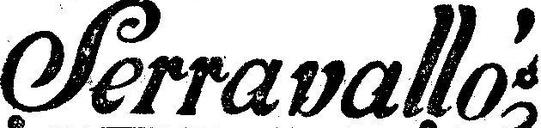
Serravalló